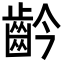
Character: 䶖